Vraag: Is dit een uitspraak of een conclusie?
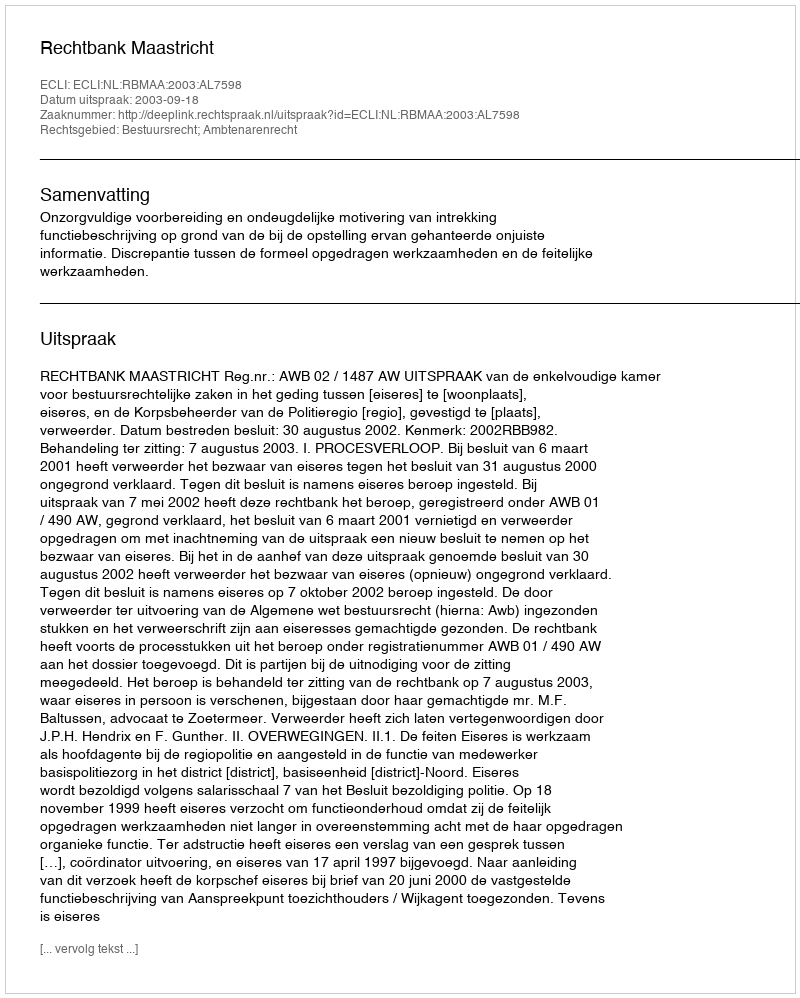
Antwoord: Uitspraak